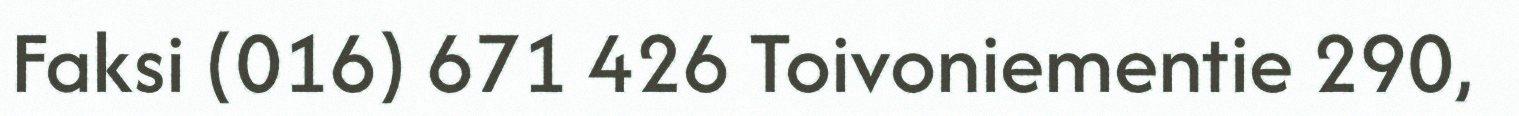
Faksi (016) 671 426 Toivoniementie 290,